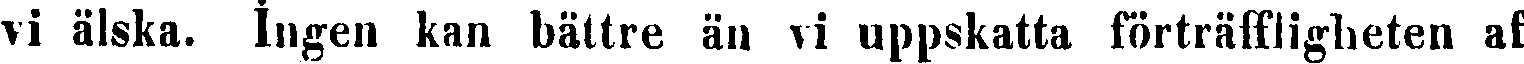
vi älska, ingen kan bättre än vi uppskatta förträffligheten af